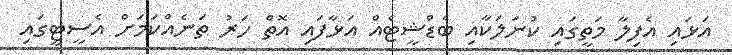
އަޅައި އެފިލާ މަތީގައި ކުނަލަކާއި ބެޑްޝީޓެއް އަޅާފައި އޮތް ހަރު ތަނެއްކަމަށް އެސީޓީގައި